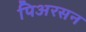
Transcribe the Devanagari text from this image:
पिअरसन